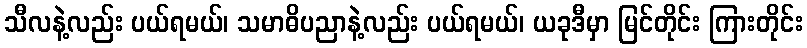
သီလနဲ့လည်း ပယ်ရမယ်၊ သမာဓိပညာနဲ့လည်း ပယ်ရမယ်၊ ယခုဒီမှာ မြင်တိုင်း ကြားတိုင်း